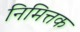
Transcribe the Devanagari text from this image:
निमित्तक